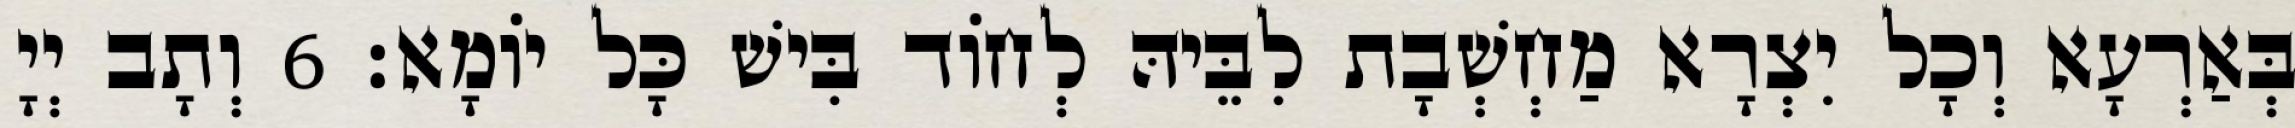
בְּאַרְעָא וְכָל יִצְרָא מַחְשְׁבָת לִבֵּיהּ לְחוֹד בִּישׁ כָּל יוֹמָא׃ 6 וְתָב יְיָ